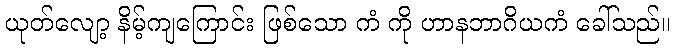
ယုတ်လျော့ နိမ့်ကျကြောင်း ဖြစ်သော ကံ ကို ဟာနဘာဂိယကံ ခေါ်သည်။